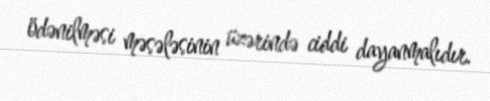
ödənilməsi məsələsinin üzərində ciddi dayanmalıdır.